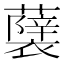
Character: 𮒵